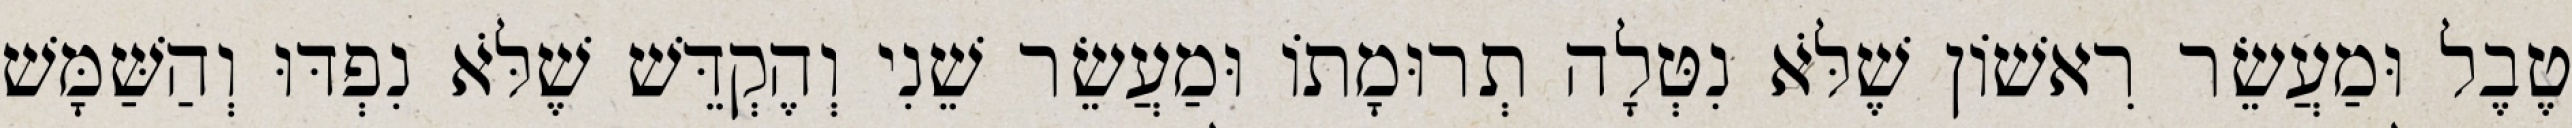
טֶבֶל וּמַעֲשֵׂר רִאשׁוֹן שֶׁלֹּא נִטְּלָה תְרוּמָתוֹ וּמַעֲשֵׂר שֵׁנִי וְהֶקְדֵּשׁ שֶׁלֹּא נִפְדּוּ וְהַשַּׁמָּשׁ